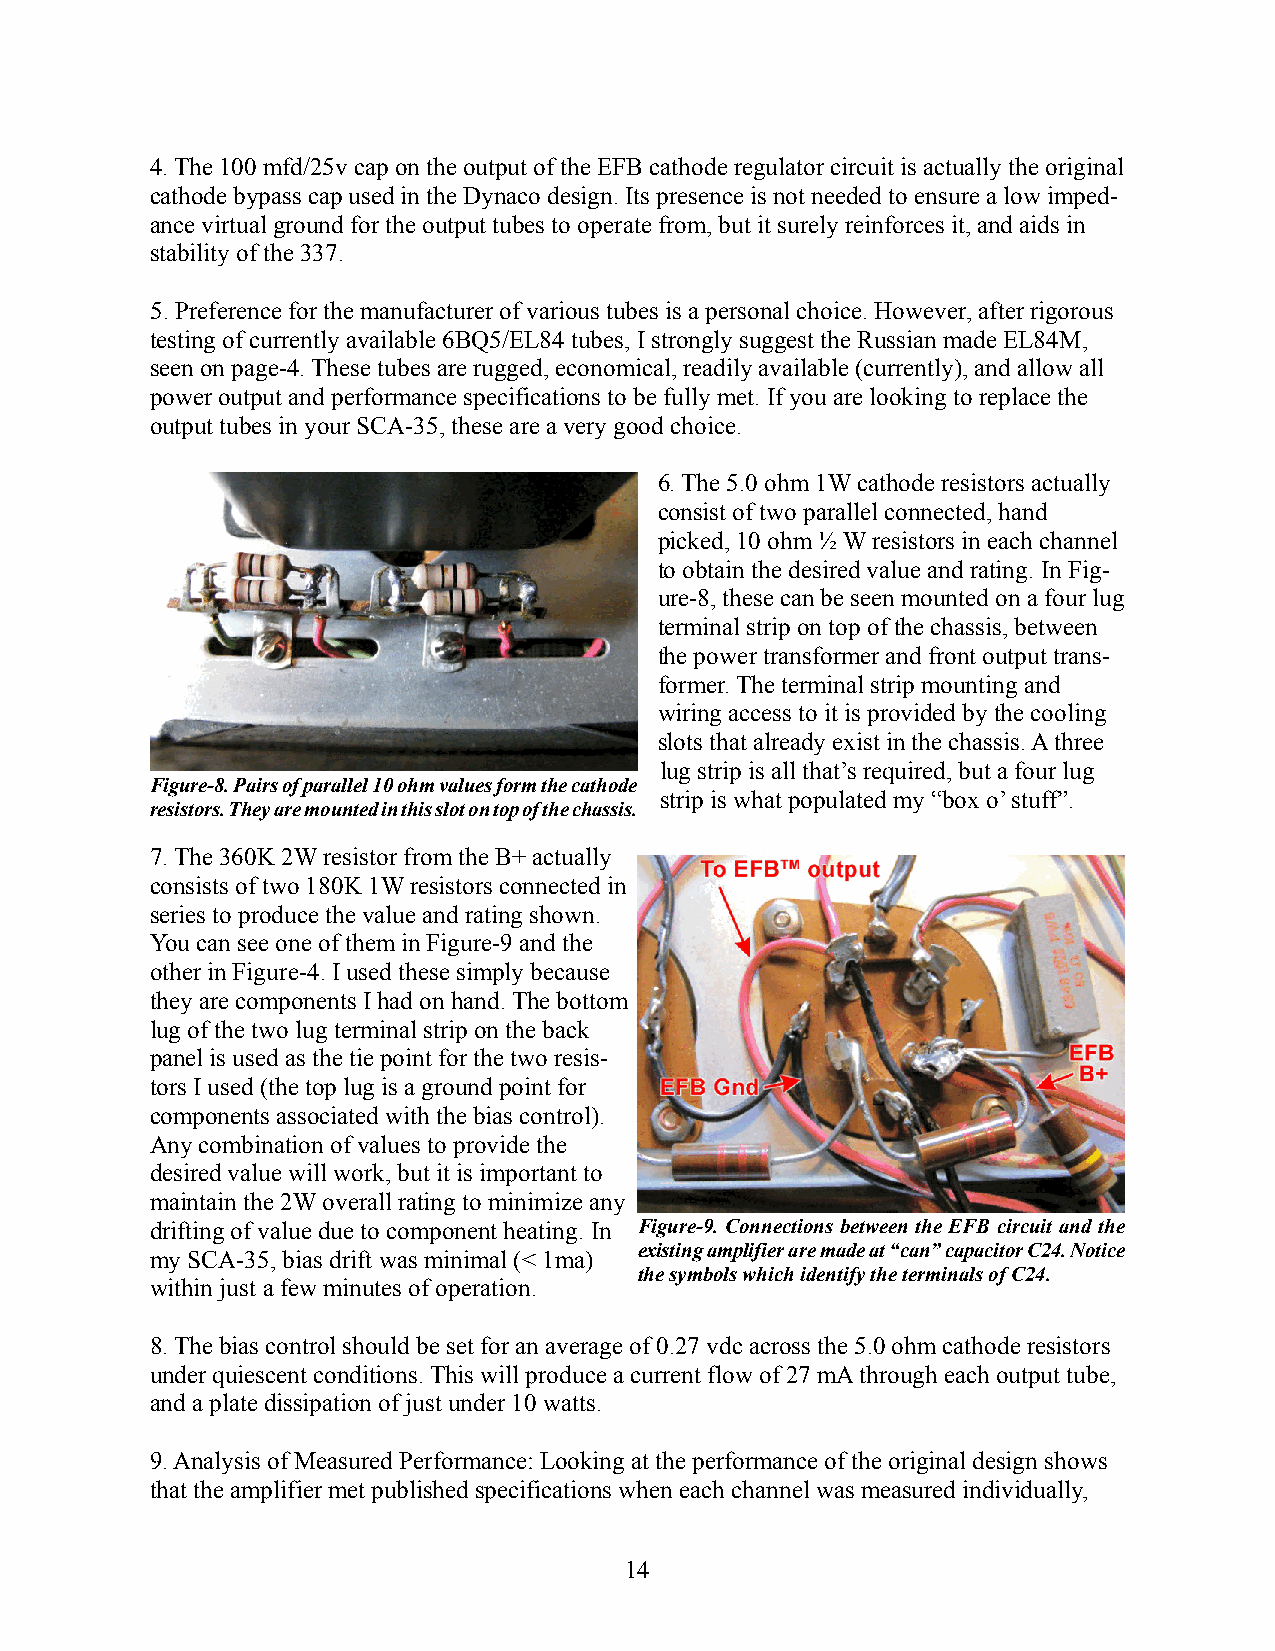
4. The 100 mfd/25v cap on the output of the EFB cathode regulator circuit is actually the original
 cathode bypass cap used in the Dynaco design. Its presence is not needed to ensure a low imped-
 ance virtual ground for the output tubes to operate from, but it surely reinforces it, and aids in
 stability of the 337.
 5. Preference for the manufacturer of various tubes is a personal choice. However, after rigorous
 testing of currently available 6BQ5/EL84 tubes, I strongly suggest the Russian made EL84M,
 seen on page-4. These tubes are rugged, economical, readily available (currently), and allow all
 power output and performance specifications to be fully met. If you are looking to replace the
 output tubes in your SCA-35, these are a very good choice.
 6. The 5.0 ohm 1W cathode resistors actually
 consist of two parallel connected, hand
 picked, 10 ohm ½ W resistors in each channel
 to obtain the desired value and rating. In Fig-
 ure-8, these can be seen mounted on a four lug
 terminal strip on top of the chassis, between
 the power transformer and front output trans-
 former. The terminal strip mounting and
 wiring access to it is provided by the cooling
 slots that already exist in the chassis. A three
 lug strip is all that’s required, but a four lug
 Figure-8. Pairs of parallel 10 ohm values form the cathode
 strip is what populated my “box o’ stuff”.
 resistors. They are mounted in this slot on top of the chassis.
 7. The 360K 2W resistor from the B+ actually
 consists of two 180K 1W resistors connected in
 series to produce the value and rating shown.
 You can see one of them in Figure-9 and the
 other in Figure-4. I used these simply because
 they are components I had on hand. The bottom
 lug of the two lug terminal strip on the back
 panel is used as the tie point for the two resis-
 tors I used (the top lug is a ground point for
 components associated with the bias control).
 Any combination of values to provide the
 desired value will work, but it is important to
 maintain the 2W overall rating to minimize any
 drifting of value due to component heating. In Figure-9. Connections between the EFB circuit and the
 existing amplifier are made at “can” capacitor C24. Notice
 my SCA-35, bias drift was minimal (< 1ma)
 the symbols which identify the terminals of C24.
 within just a few minutes of operation.
 8. The bias control should be set for an average of 0.27 vdc across the 5.0 ohm cathode resistors
 under quiescent conditions. This will produce a current flow of 27 mA through each output tube,
 and a plate dissipation of just under 10 watts.
 9. Analysis of Measured Performance: Looking at the performance of the original design shows
 that the amplifier met published specifications when each channel was measured individually,
 14